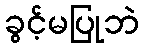
ခွင့်မပြုဘဲ